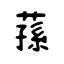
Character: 蓀